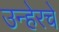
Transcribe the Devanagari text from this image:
उन्हेरचे